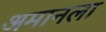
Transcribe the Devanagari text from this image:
अमानला